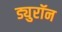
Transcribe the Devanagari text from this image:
ड्युरॉन